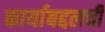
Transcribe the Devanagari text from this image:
कार्याबद्दलची